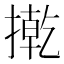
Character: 㨴